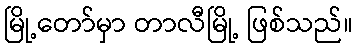
မြို့တော်မှာ တာလီမြို့ ဖြစ်သည်။